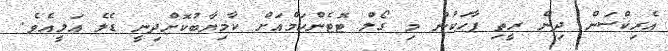
އެރިކްސަން ދިން ރީތި ޕާހަކުން މި ގޯލް ޓޮޓެންހަމްއަށް ކާމިޔާބުކޮށްދިނީ ޑެލެ އަލީއެވެ.